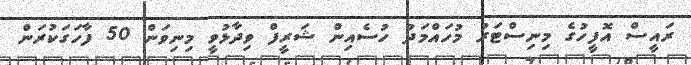
ރައީސް އޮފީހުގެ މިނިސްޓަރު މުހައްމަދު ހުސެއިން ޝަރީފް ވިދާޅުވީ މިނިވަން 50 ފާހަގަކުރަން